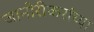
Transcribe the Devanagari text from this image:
जानोरीकरांच्या